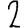
Digit: 2